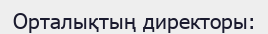
Орталықтың директоры: